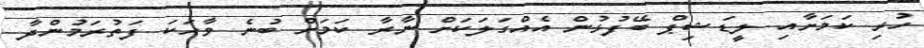
ހުރި ކަމަށާއި ލީޑަޝިޕް ބޭފުޅުން އެއްގަލަކަށް ނާރާ ކަމަށް ބުނެ ވާހަކަ ފަތުރަމުންދާ